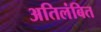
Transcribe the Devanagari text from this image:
अतिलंबित